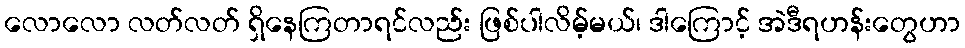
လောလော လတ်လတ် ရှိနေကြတာရင်လည်း ဖြစ်ပါလိမ့်မယ်၊ ဒါကြောင့် အဲဒီရဟန်းတွေဟာ